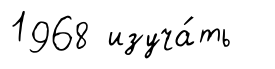
1968 изуча́ть